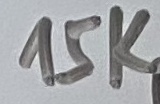
Text: 15K